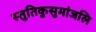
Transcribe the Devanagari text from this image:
स्तुतिकुसुमांजलि